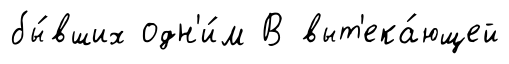
бы́вших одн'и́м В выт'ека́ющей